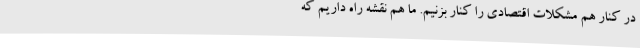
در کنار هم مشکلات اقتصادی را کنار بزنیم. ما هم نقشه راه داریم که